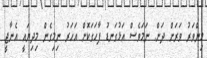
މިންވަރު ވަރަށް ދަށް. ނަމަވެސް އަޅުގަނޑު ފާހަގަކޮށް އަހަރު ނިމިގެން މިދިޔައީ އެނާޖީ